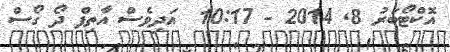
އޮކްޓޯބަރު 8